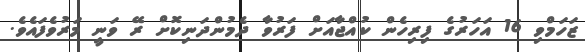
ޒަހަމްވި 16 އަހަރުގެ ފިރިހެން ކުއްޖާއަށް ފަރުވާ ދެމުންދަނިކޮށް ރޭ ވަނީ މަރުވެފައެވެ.